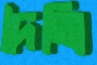
দৈত্যি